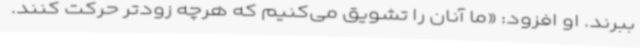
ببرند. او افزود: «ما آنان را تشویق می‌کنیم که هرچه‌ زودتر حرکت کنند.